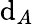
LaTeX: \mathrm{d}_{A}